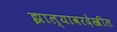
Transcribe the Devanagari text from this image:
झाल्यावरदेखील